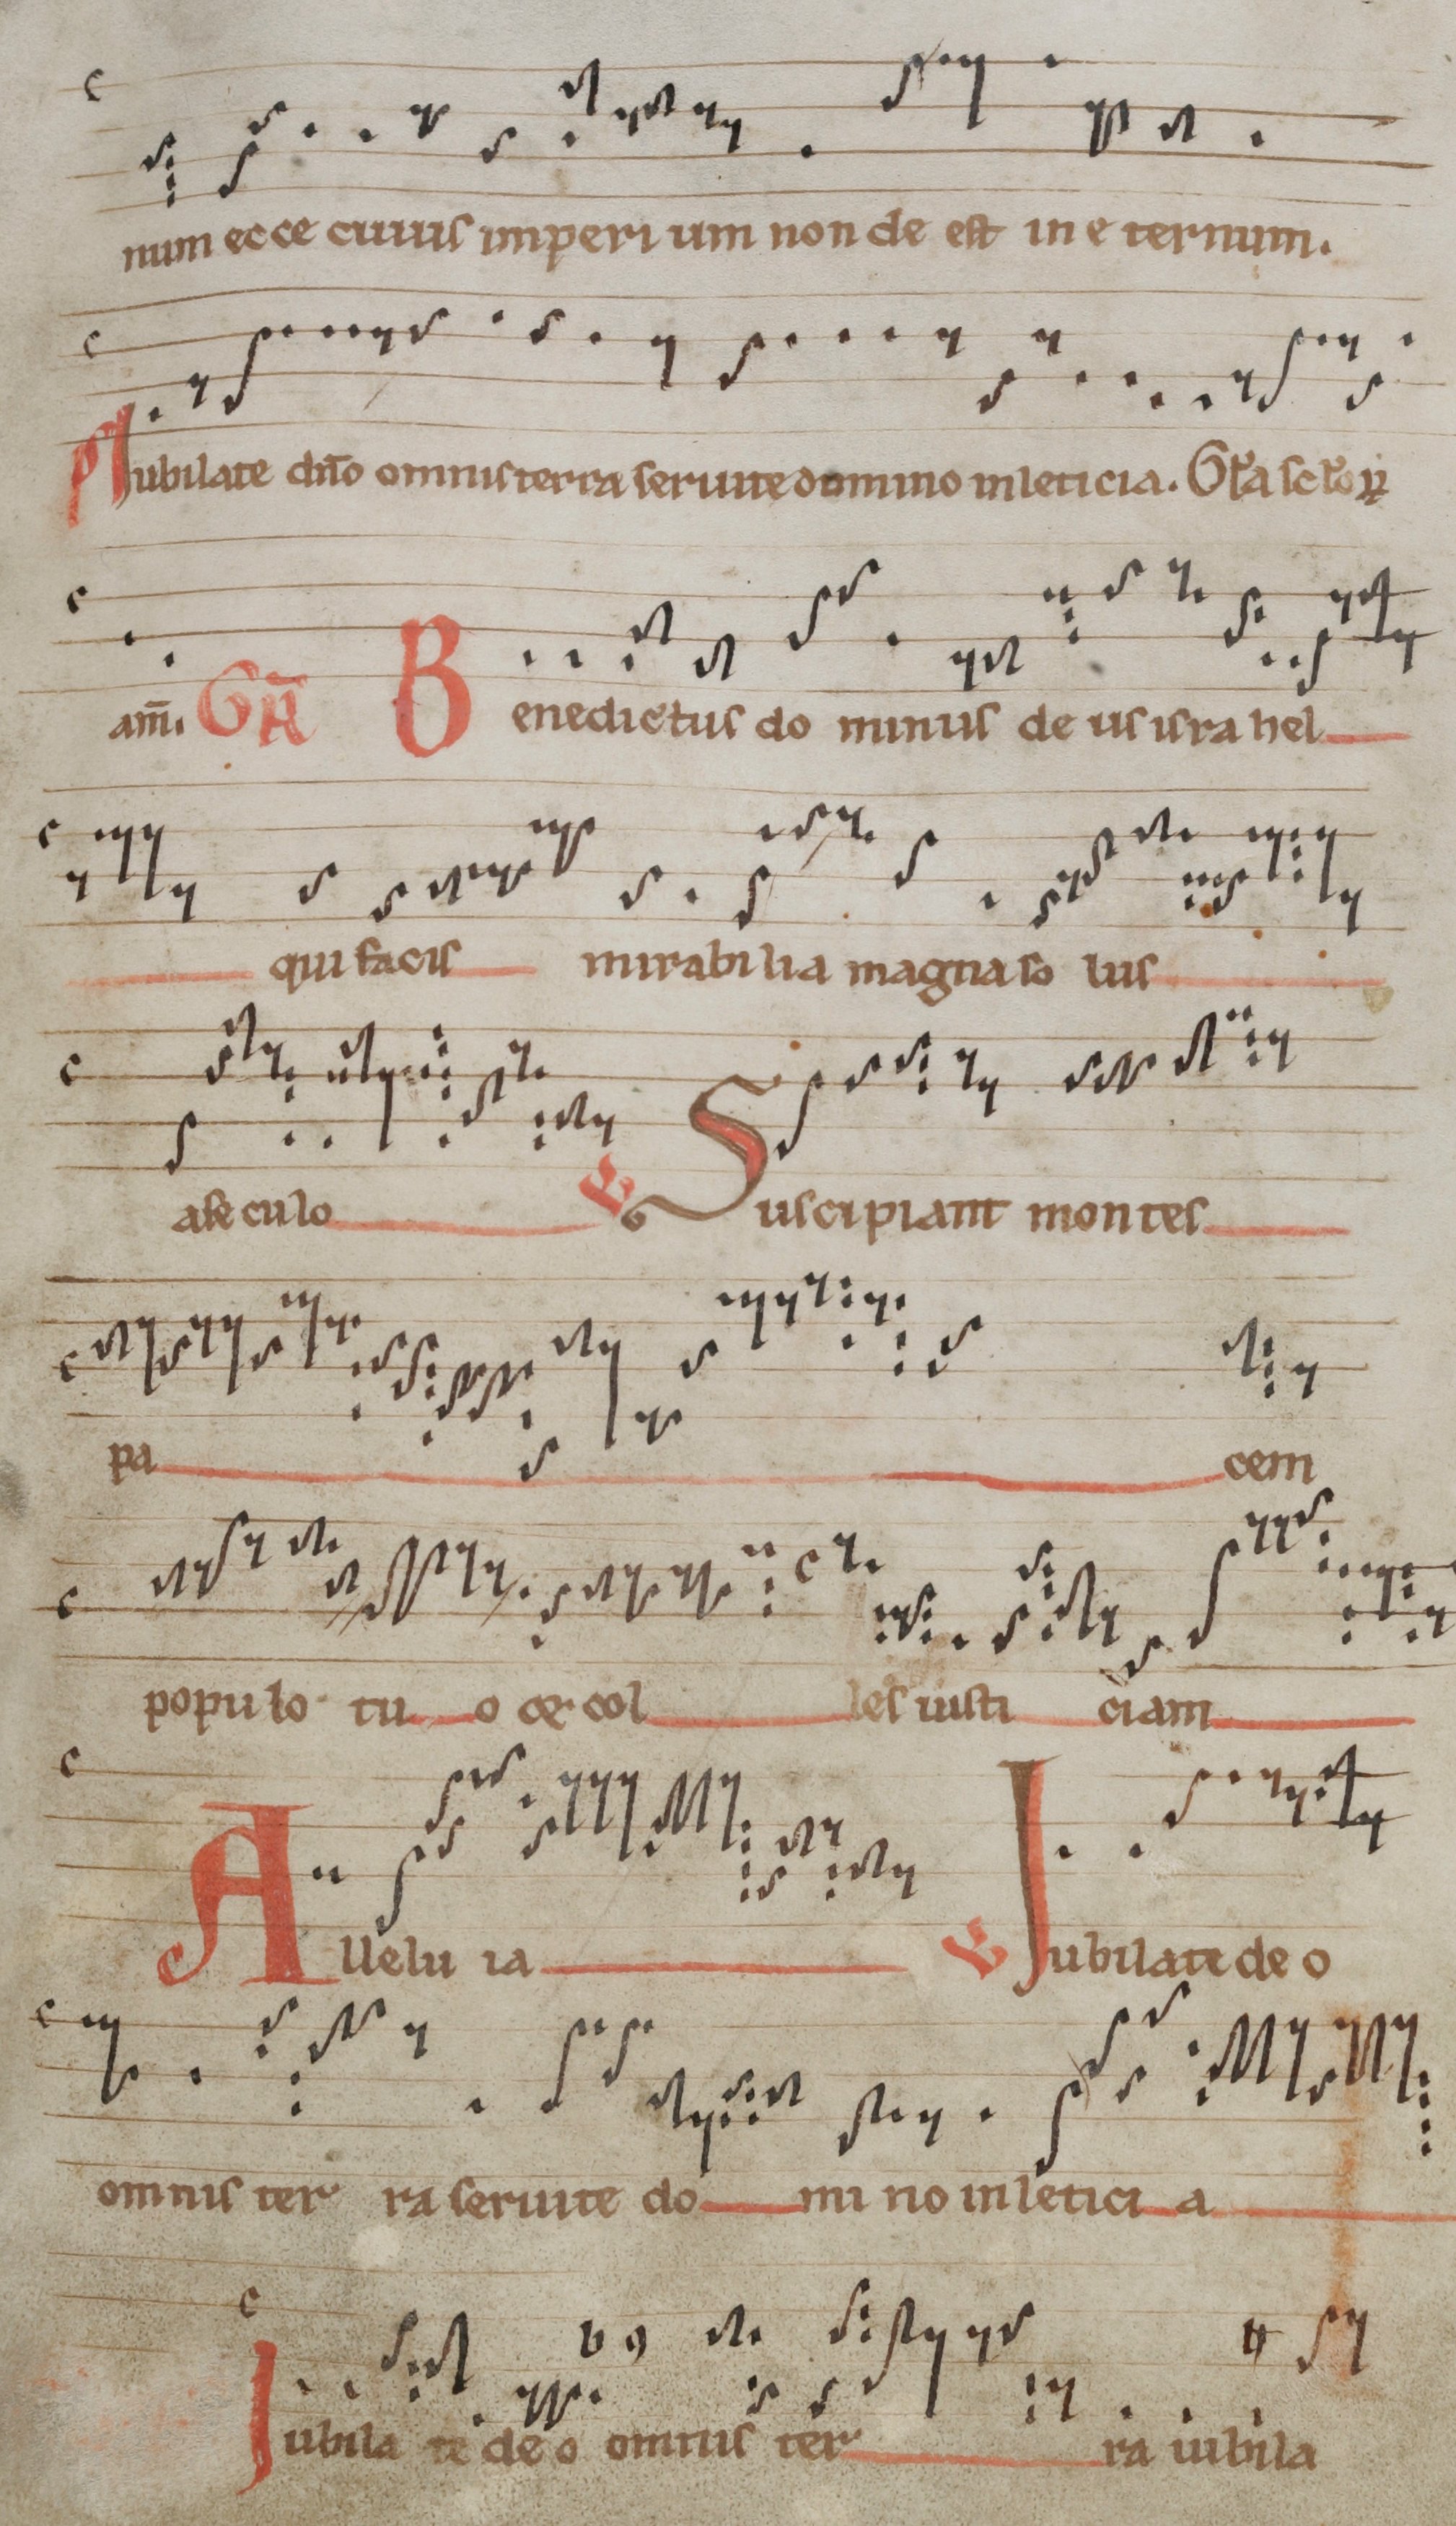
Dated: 1140–1170